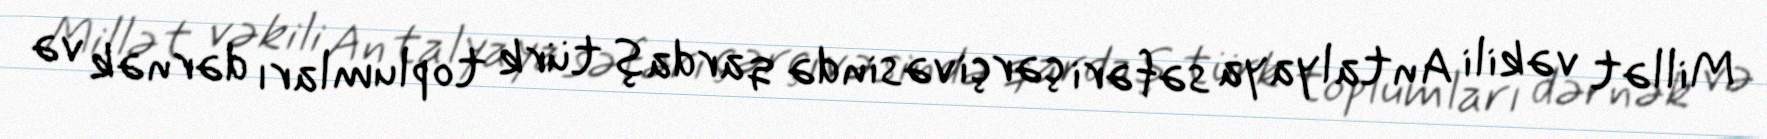
Millət vəkili Antalyaya səfəri çərçivəsində qardaş türk toplumları dərnək və